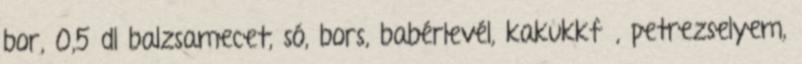
bor, 0,5 dl balzsamecet, só, bors, babérlevél, kakukkfű, petrezselyem,